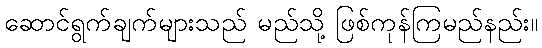
ဆောင်ရွက်ချက်များသည် မည်သို့ ဖြစ်ကုန်ကြမည်နည်း။